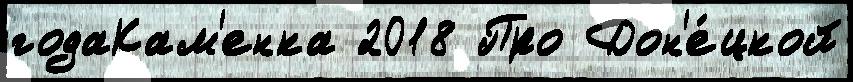
годаКам'енка 2018 Про Дон'е́цкой